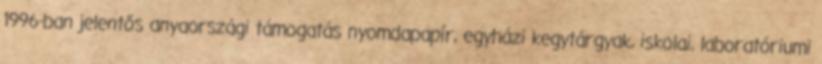
1996-ban jelentős anyaországi támogatás nyomdapapír, egyházi kegytárgyak, iskolai, laboratóriumi